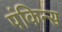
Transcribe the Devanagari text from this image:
पंकिन्स